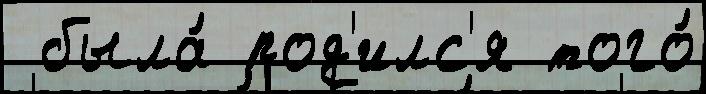
 была́ род'илс'я того́